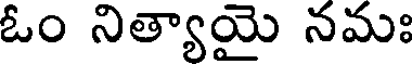
ఓం నిత్యాయై నమః